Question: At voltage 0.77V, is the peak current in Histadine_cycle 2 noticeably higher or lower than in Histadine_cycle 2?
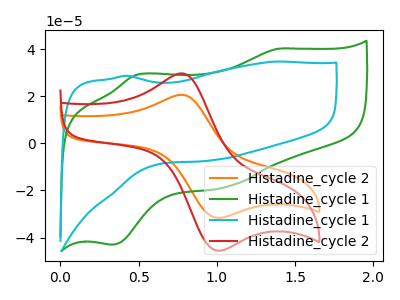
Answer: <think>The orange curve "Histadine_cycle 2" has an anodic peak at (0.75V, 20.60uA) and a cathodic peak at (1.00V, -31.40uA). The green curve "Histadine_cycle 1" has anodic peaks at (1.40V, 40.15uA) (0.50V, 29.10uA) and cathodic peaks at (1.05V, -18.40uA) (0.35V, -43.00uA). The cyan curve "Histadine_cycle 1" has no peaks. The red curve "Histadine_cycle 2" has an anodic peak at (0.75V, 29.70uA) and a cathodic peak at (1.00V, -45.30uA).</think>
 <answer>The peak at 0.77V is lower in "Histadine_cycle 2" than in "Histadine_cycle 2".</answer>
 <eval>lower</eval>